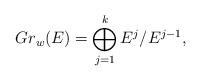
LaTeX: \begin{align*}Gr_w(E) = \bigoplus_{j =1}^{k} E^j / E^{j-1},\end{align*}